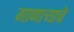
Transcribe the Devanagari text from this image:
गाणार्‍याचे